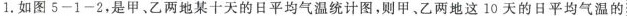
1.如图5-1-2，是甲、乙两地某十天的日平均气温统计图，则甲、乙两地这10天的日平均气温的